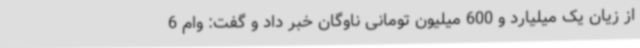
از زیان یک میلیارد و 600 میلیون تومانی ناوگان خبر داد و گفت: وام 6